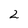
Character: 2